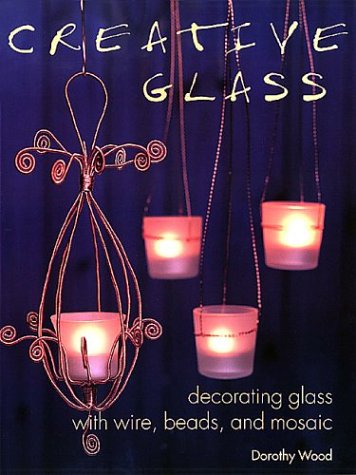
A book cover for Creative Glass: Decorating Glass with Wire, Beads, and Mosaic; Dorothy Wood; Crafts, Hobbies & Home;